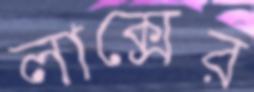
লাক্সের